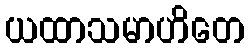
ယထာသမာဟိတေ